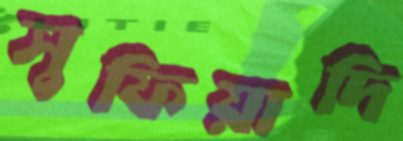
সুফিয়াদি